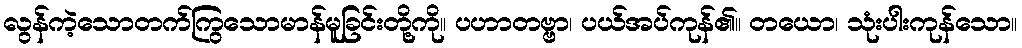
လွန်ကဲ့သောတက်ကြွသောမာန်မူခြင်းတို့ကို။ ပဟာတဗ္ဗာ၊ ပယ်အပ်ကုန်၏။ တယော၊ သုံးပါးကုန်သော။